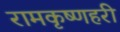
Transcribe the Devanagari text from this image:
रामकृष्णहरी